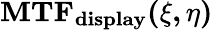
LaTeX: \mathbf{MTF_{display}(\xi,\eta)}